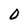
Character: 0